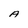
Character: A